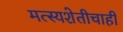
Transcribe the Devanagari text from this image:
मत्स्यशेतीचाही